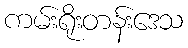
ကမ်းရိုးတန်းဒေသ